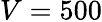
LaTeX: V=500